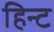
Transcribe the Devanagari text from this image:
हिन्ट